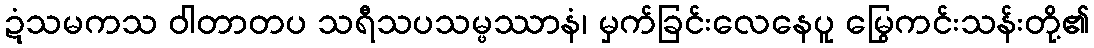
ဍံသမကသ ဝါတာတပ သရီသပသမ္ဖဿာနံ၊ မှက်ခြင်းလေနေပူ မြွေကင်းသန်းတို့၏